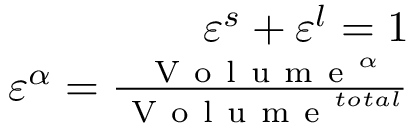
\begin{array} { r } { \varepsilon ^ { s } + \varepsilon ^ { l } = 1 } \\ { \varepsilon ^ { \alpha } = \frac { \mathrm { ~ V ~ o ~ l ~ u ~ m ~ e ~ } ^ { \alpha } } { \mathrm { ~ V ~ o ~ l ~ u ~ m ~ e ~ } ^ { t o t a l } } } \end{array}